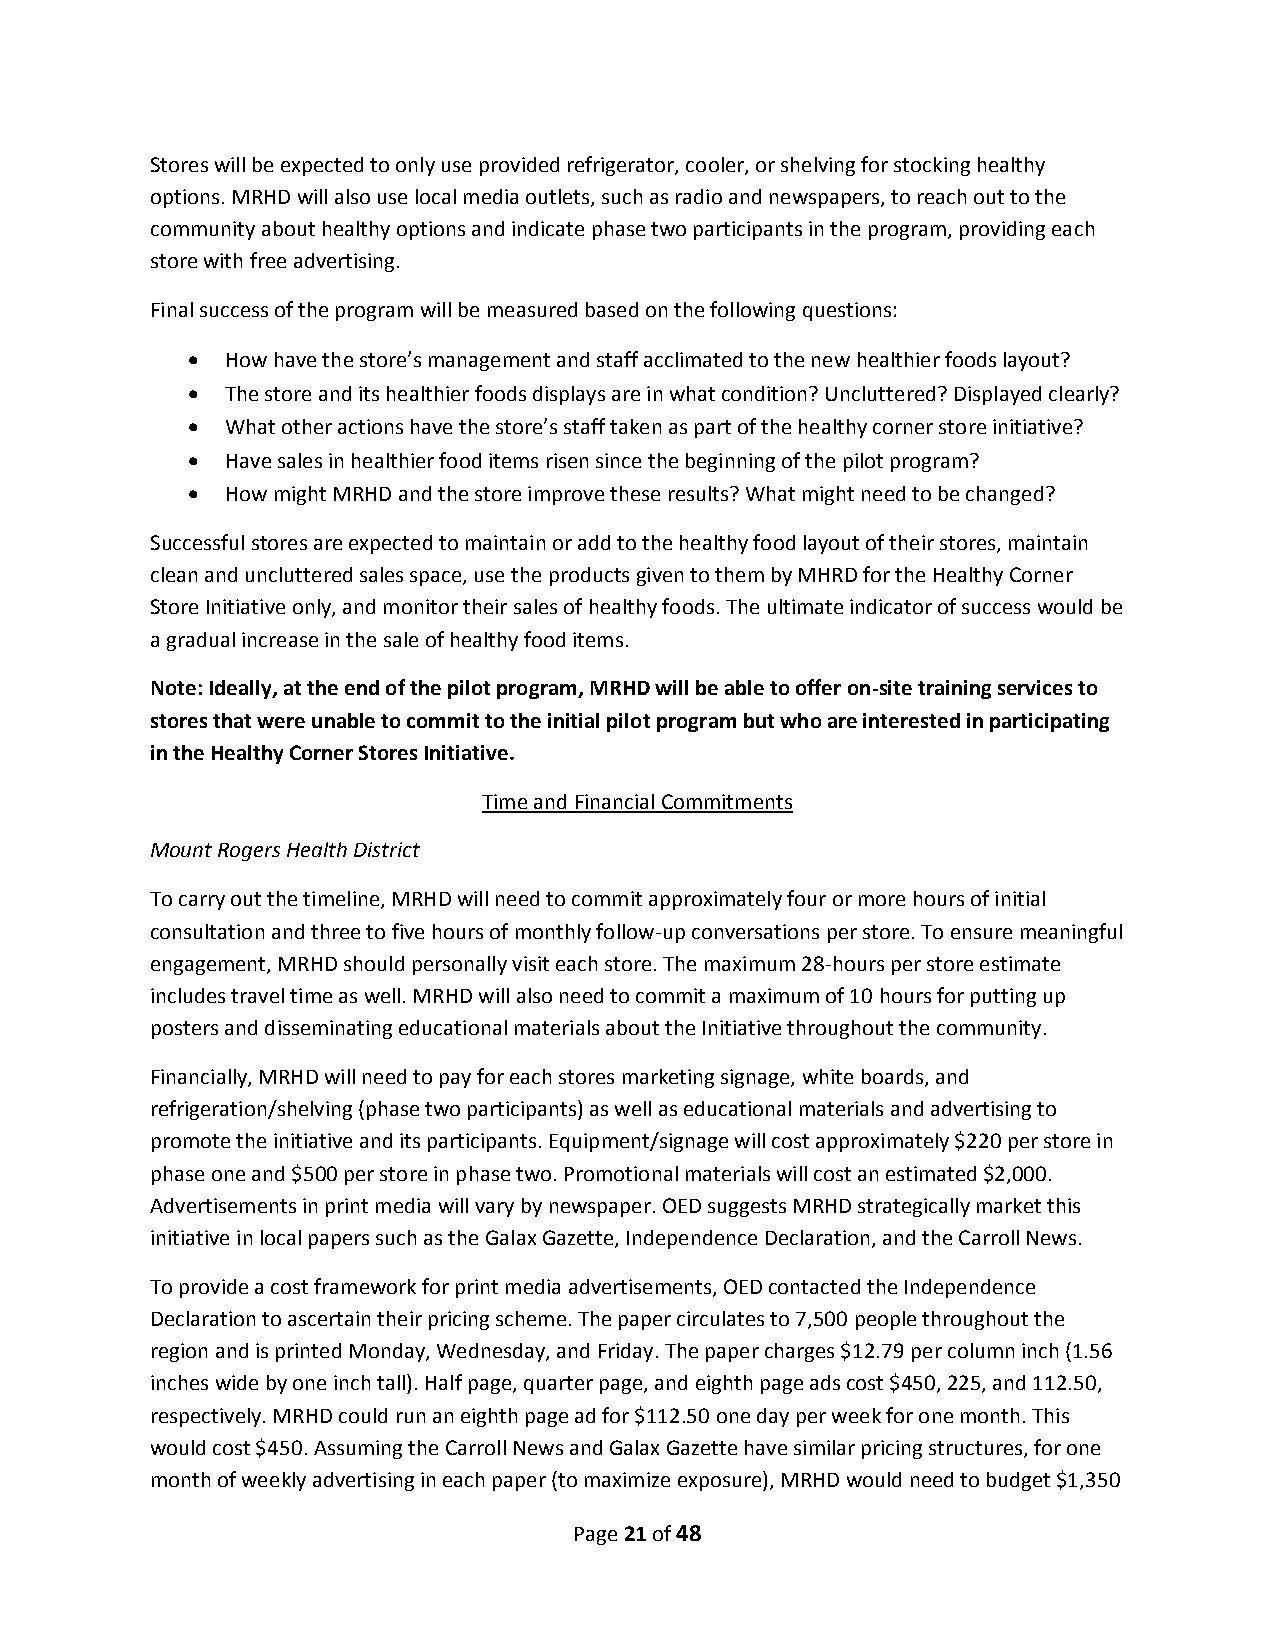
Stores will be expected to only use provided refrigerator, cooler, or shelving for stocking healthy
 options. MRHD will also use local media outlets, such as radio and newspapers, to reach out to the
 community about healthy options and indicate phase two participants in the program, providing each
 store with free advertising.
 Final success of the program will be measured based on the following questions:
   How have the store’s management and staff acclimated to the new healthier foods layout?
   The store and its healthier foods displays are in what condition? Uncluttered? Displayed clearly?
   What other actions have the store’s staff taken as part of the healthy corner store initiative?
   Have sales in healthier food items risen since the beginning of the pilot program?
   How might MRHD and the store improve these results? What might need to be changed?
 Successful stores are expected to maintain or add to the healthy food layout of their stores, maintain
 clean and uncluttered sales space, use the products given to them by MHRD for the Healthy Corner
 Store Initiative only, and monitor their sales of healthy foods. The ultimate indicator of success would be
 a gradual increase in the sale of healthy food items.
 Note: Ideally, at the end of the pilot program, MRHD will be able to offer on-site training services to
 stores that were unable to commit to the initial pilot program but who are interested in participating
 in the Healthy Corner Stores Initiative.
 Time and Financial Commitments
 Mount Rogers Health District
 To carry out the timeline, MRHD will need to commit approximately four or more hours of initial
 consultation and three to five hours of monthly follow-up conversations per store. To ensure meaningful
 engagement, MRHD should personally visit each store. The maximum 28-hours per store estimate
 includes travel time as well. MRHD will also need to commit a maximum of 10 hours for putting up
 posters and disseminating educational materials about the Initiative throughout the community.
 Financially, MRHD will need to pay for each stores marketing signage, white boards, and
 refrigeration/shelving (phase two participants) as well as educational materials and advertising to
 promote the initiative and its participants. Equipment/signage will cost approximately $220 per store in
 phase one and $500 per store in phase two. Promotional materials will cost an estimated $2,000.
 Advertisements in print media will vary by newspaper. OED suggests MRHD strategically market this
 initiative in local papers such as the Galax Gazette, Independence Declaration, and the Carroll News.
 To provide a cost framework for print media advertisements, OED contacted the Independence
 Declaration to ascertain their pricing scheme. The paper circulates to 7,500 people throughout the
 region and is printed Monday, Wednesday, and Friday. The paper charges $12.79 per column inch (1.56
 inches wide by one inch tall). Half page, quarter page, and eighth page ads cost $450, 225, and 112.50,
 respectively. MRHD could run an eighth page ad for $112.50 one day per week for one month. This
 would cost $450. Assuming the Carroll News and Galax Gazette have similar pricing structures, for one
 month of weekly advertising in each paper (to maximize exposure), MRHD would need to budget $1,350
 Page 21 of 48